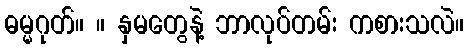
ဓမ္မဂုတ်။ ။ နှမတွေနဲ့ ဘာလုပ်တမ်း ကစားသလဲ။